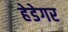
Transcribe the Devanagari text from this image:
हेडेगर